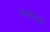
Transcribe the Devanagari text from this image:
गन्डोळा